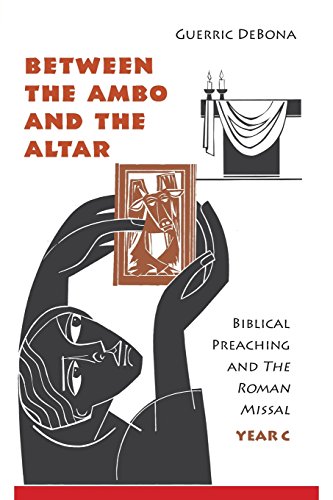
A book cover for Between the Ambo and the Altar: Biblical Preaching and the Roman Missal, Year C; Guerric DeBona OSB; Christian Books & Bibles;